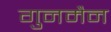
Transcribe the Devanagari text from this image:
गुनमैन